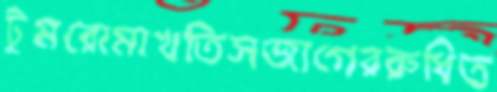
টুমরোমাখতিসজাগেররুধিত